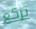
تركع